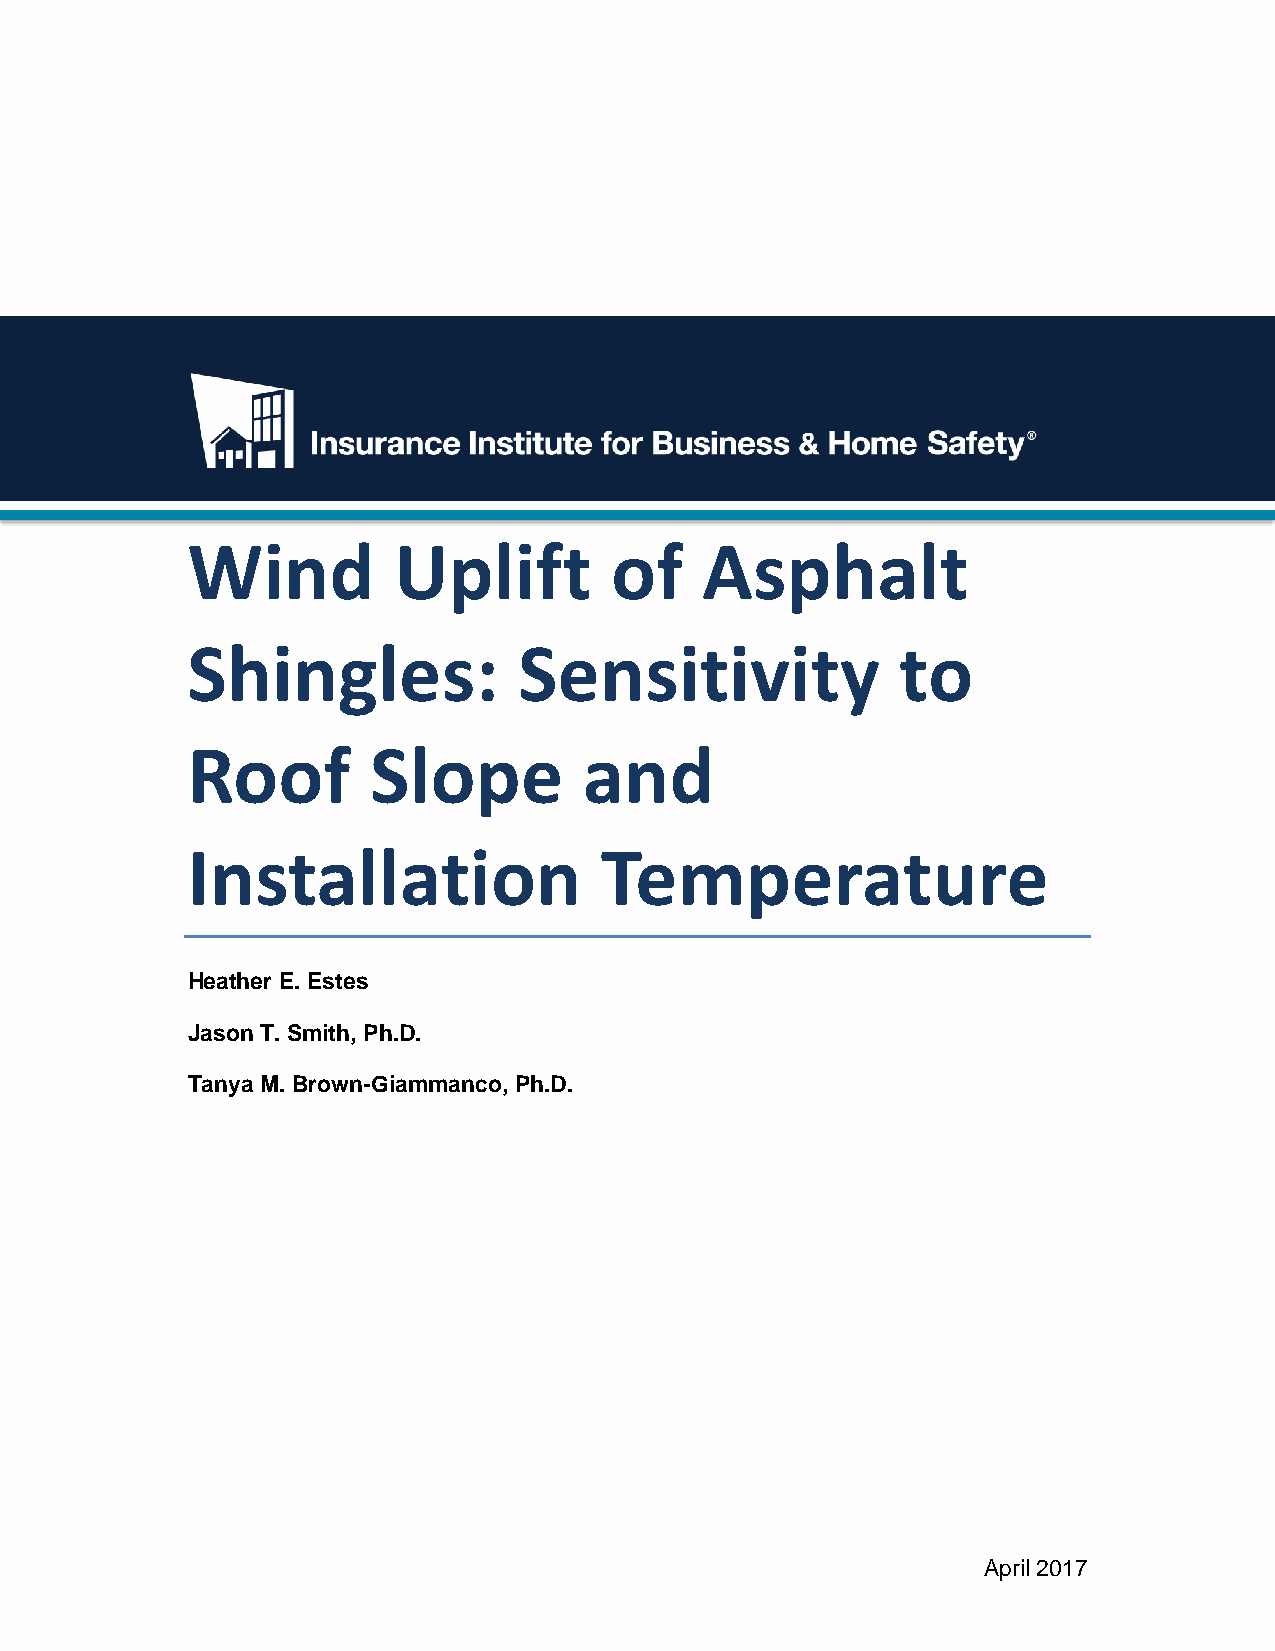
Wind          Uplift        of    Asphalt
 Shingles:             Sensitivity               to
 Roof        Slope          and
 Installation                Temperature
 Heather E. Estes
 Jason T. Smith, Ph.D.
 Tanya M. Brown-Giammanco, Ph.D.
 April 2017